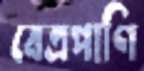
বেত্রপাণি